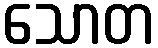
သောတ